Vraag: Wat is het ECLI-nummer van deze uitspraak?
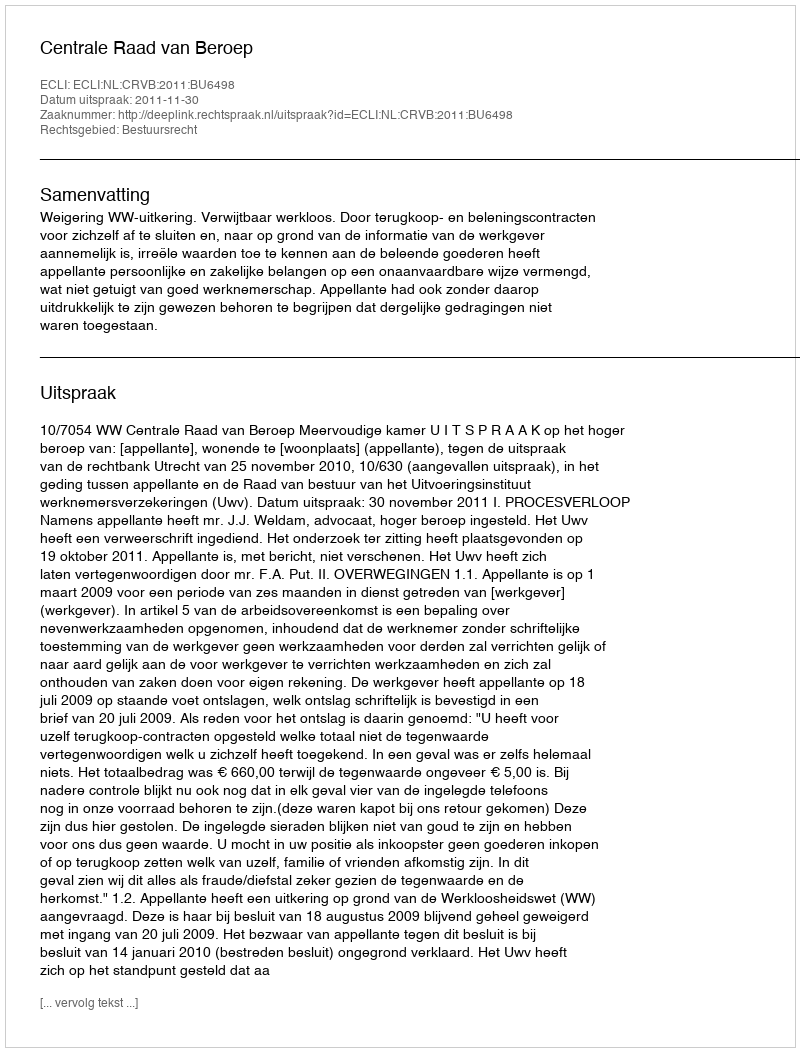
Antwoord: ECLI:NL:CRVB:2011:BU6498